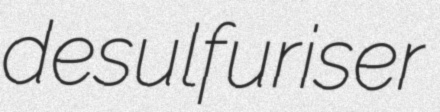
desulfuriser